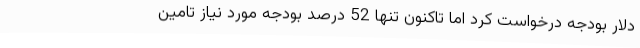
دلار بودجه درخواست کرد اما تاکنون تنها 52 درصد بودجه مورد نیاز تامین